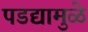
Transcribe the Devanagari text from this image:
पडद्यामुळे